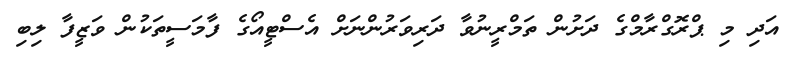
އަދި މި ޕްރޮގްރާމްގެ ދަށުން ތަމްރީނުވާ ދަރިވަރުންނަށް އެސްޓީއޯގެ ފާމަސީތަކުން ވަޒީފާ ލިބި